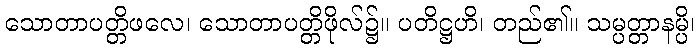
သောတာပတ္တိဖလေ၊ သောတာပတ္တိဖိုလ်၌။ ပတိဋ္ဌဟိ၊ တည်၏။ သမ္ပတ္တာနမ္ပိ၊